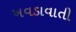
ખવડાવાતી